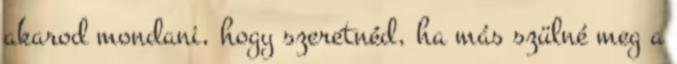
akarod mondani, hogy szeretnéd, ha más szülné meg a